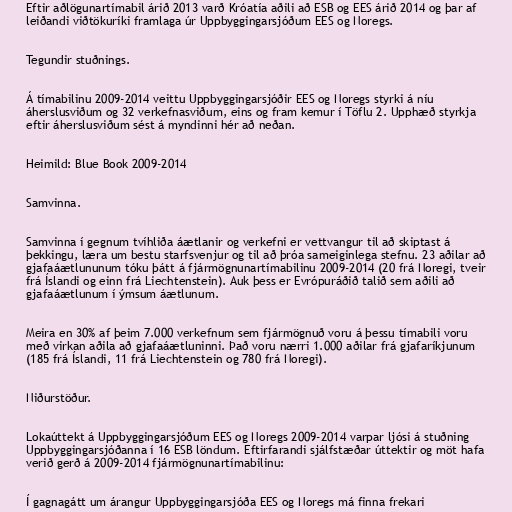
Eftir aðlögunartímabil árið 2013 varð Króatía aðili að ESB og EES árið 2014 og þar af
leiðandi viðtökuríki framlaga úr Uppbyggingarsjóðum EES og Noregs.

Tegundir stuðnings.

Á tímabilinu 2009-2014 veittu Uppbyggingarsjóðir EES og Noregs styrki á níu
áherslusviðum og 32 verkefnasviðum, eins og fram kemur í Töflu 2. Upphæð styrkja
eftir áherslusviðum sést á myndinni hér að neðan.

Heimild: Blue Book 2009-2014

Samvinna.

Samvinna í gegnum tvíhliða áætlanir og verkefni er vettvangur til að skiptast á
þekkingu, læra um bestu starfsvenjur og til að þróa sameiginlega stefnu. 23 aðilar að
gjafaáætlununum tóku þátt á fjármögnunartímabilinu 2009-2014 (20 frá Noregi, tveir
frá Íslandi og einn frá Liechtenstein). Auk þess er Evrópuráðið talið sem aðili að
gjafaáætlunum í ýmsum áætlunum.

Meira en 30% af þeim 7.000 verkefnum sem fjármögnuð voru á þessu tímabili voru
með virkan aðila að gjafaáætluninni. Það voru nærri 1.000 aðilar frá gjafaríkjunum
(185 frá Íslandi, 11 frá Liechtenstein og 780 frá Noregi).

Niðurstöður.

Lokaúttekt á Uppbyggingarsjóðum EES og Noregs 2009-2014 varpar ljósi á stuðning
Uppbyggingarsjóðanna í 16 ESB löndum. Eftirfarandi sjálfstæðar úttektir og möt hafa
verið gerð á 2009-2014 fjármögnunartímabilinu:

Í gagnagátt um árangur Uppbyggingarsjóða EES og Noregs má finna frekari